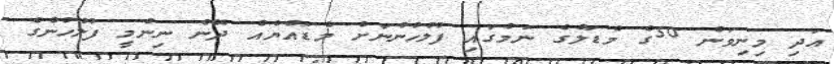
އަދި މިނިވަން 50ގެ މެޑަލްގެ ނަމުގައި ފުލުހުންނަށް މެޑައްޔެއް ދޭން ނިންމީ ފުލުހުންގެ